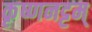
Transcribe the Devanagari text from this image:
कृष्णनट्टम्